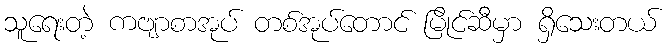
သူရေးတဲ့ ကဗျာစာအုပ် တစ်အုပ်တောင် မြိုင်ဆီမှာ ရှိသေးတယ်